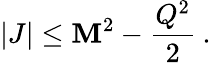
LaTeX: |J|\leq\mathbf{M}^{2}-\frac{{Q^{2}}}{{2}}\: .